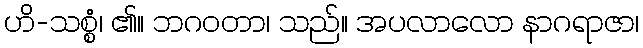
ဟိ-သစ္စံ၊ ၏။ ဘဂဝတာ၊ သည်။ အပလာလော နာဂရာဇာ၊